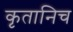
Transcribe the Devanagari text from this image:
कृतानिच